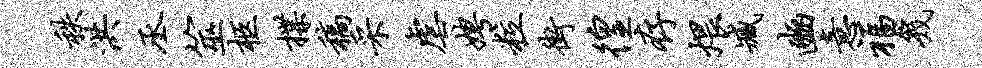
秩洪丞筮柩揲稿采虐娉粒街徨存煨臧豳意福几